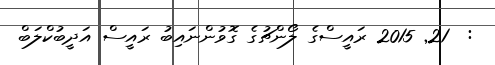
:  21